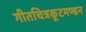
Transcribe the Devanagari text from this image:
गीतचित्रकूटमण्डन